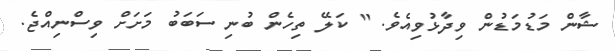
ޝާން މަޑުމަޑުން ވިދާޅުވިއެވެ. " ކަލޭ ތިހެން ބުނި ސަބަބު މަށަށް ވިސްނިއްޖެ.